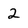
Character: 2